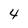
Character: 4